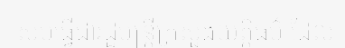
សមធ្វើជារដ្ឋមន្ត្រីក្រសួងយុត្តិធម៌ ដែល